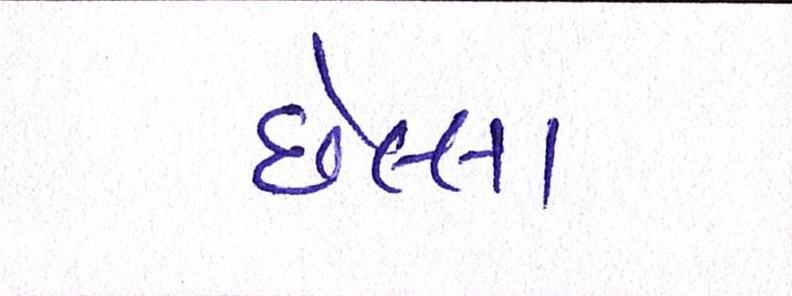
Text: છેલ્લા